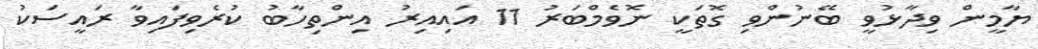
ޔާމީން ވިދާޅުވީ ބޭނުންވި ގޮތަކީ ނޮވެމްބަރު 11 އައިއިރު އިންތިހާބު ކުރެވިފައިވާ ރައީސަކު